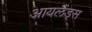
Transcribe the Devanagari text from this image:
आयलैंड्स